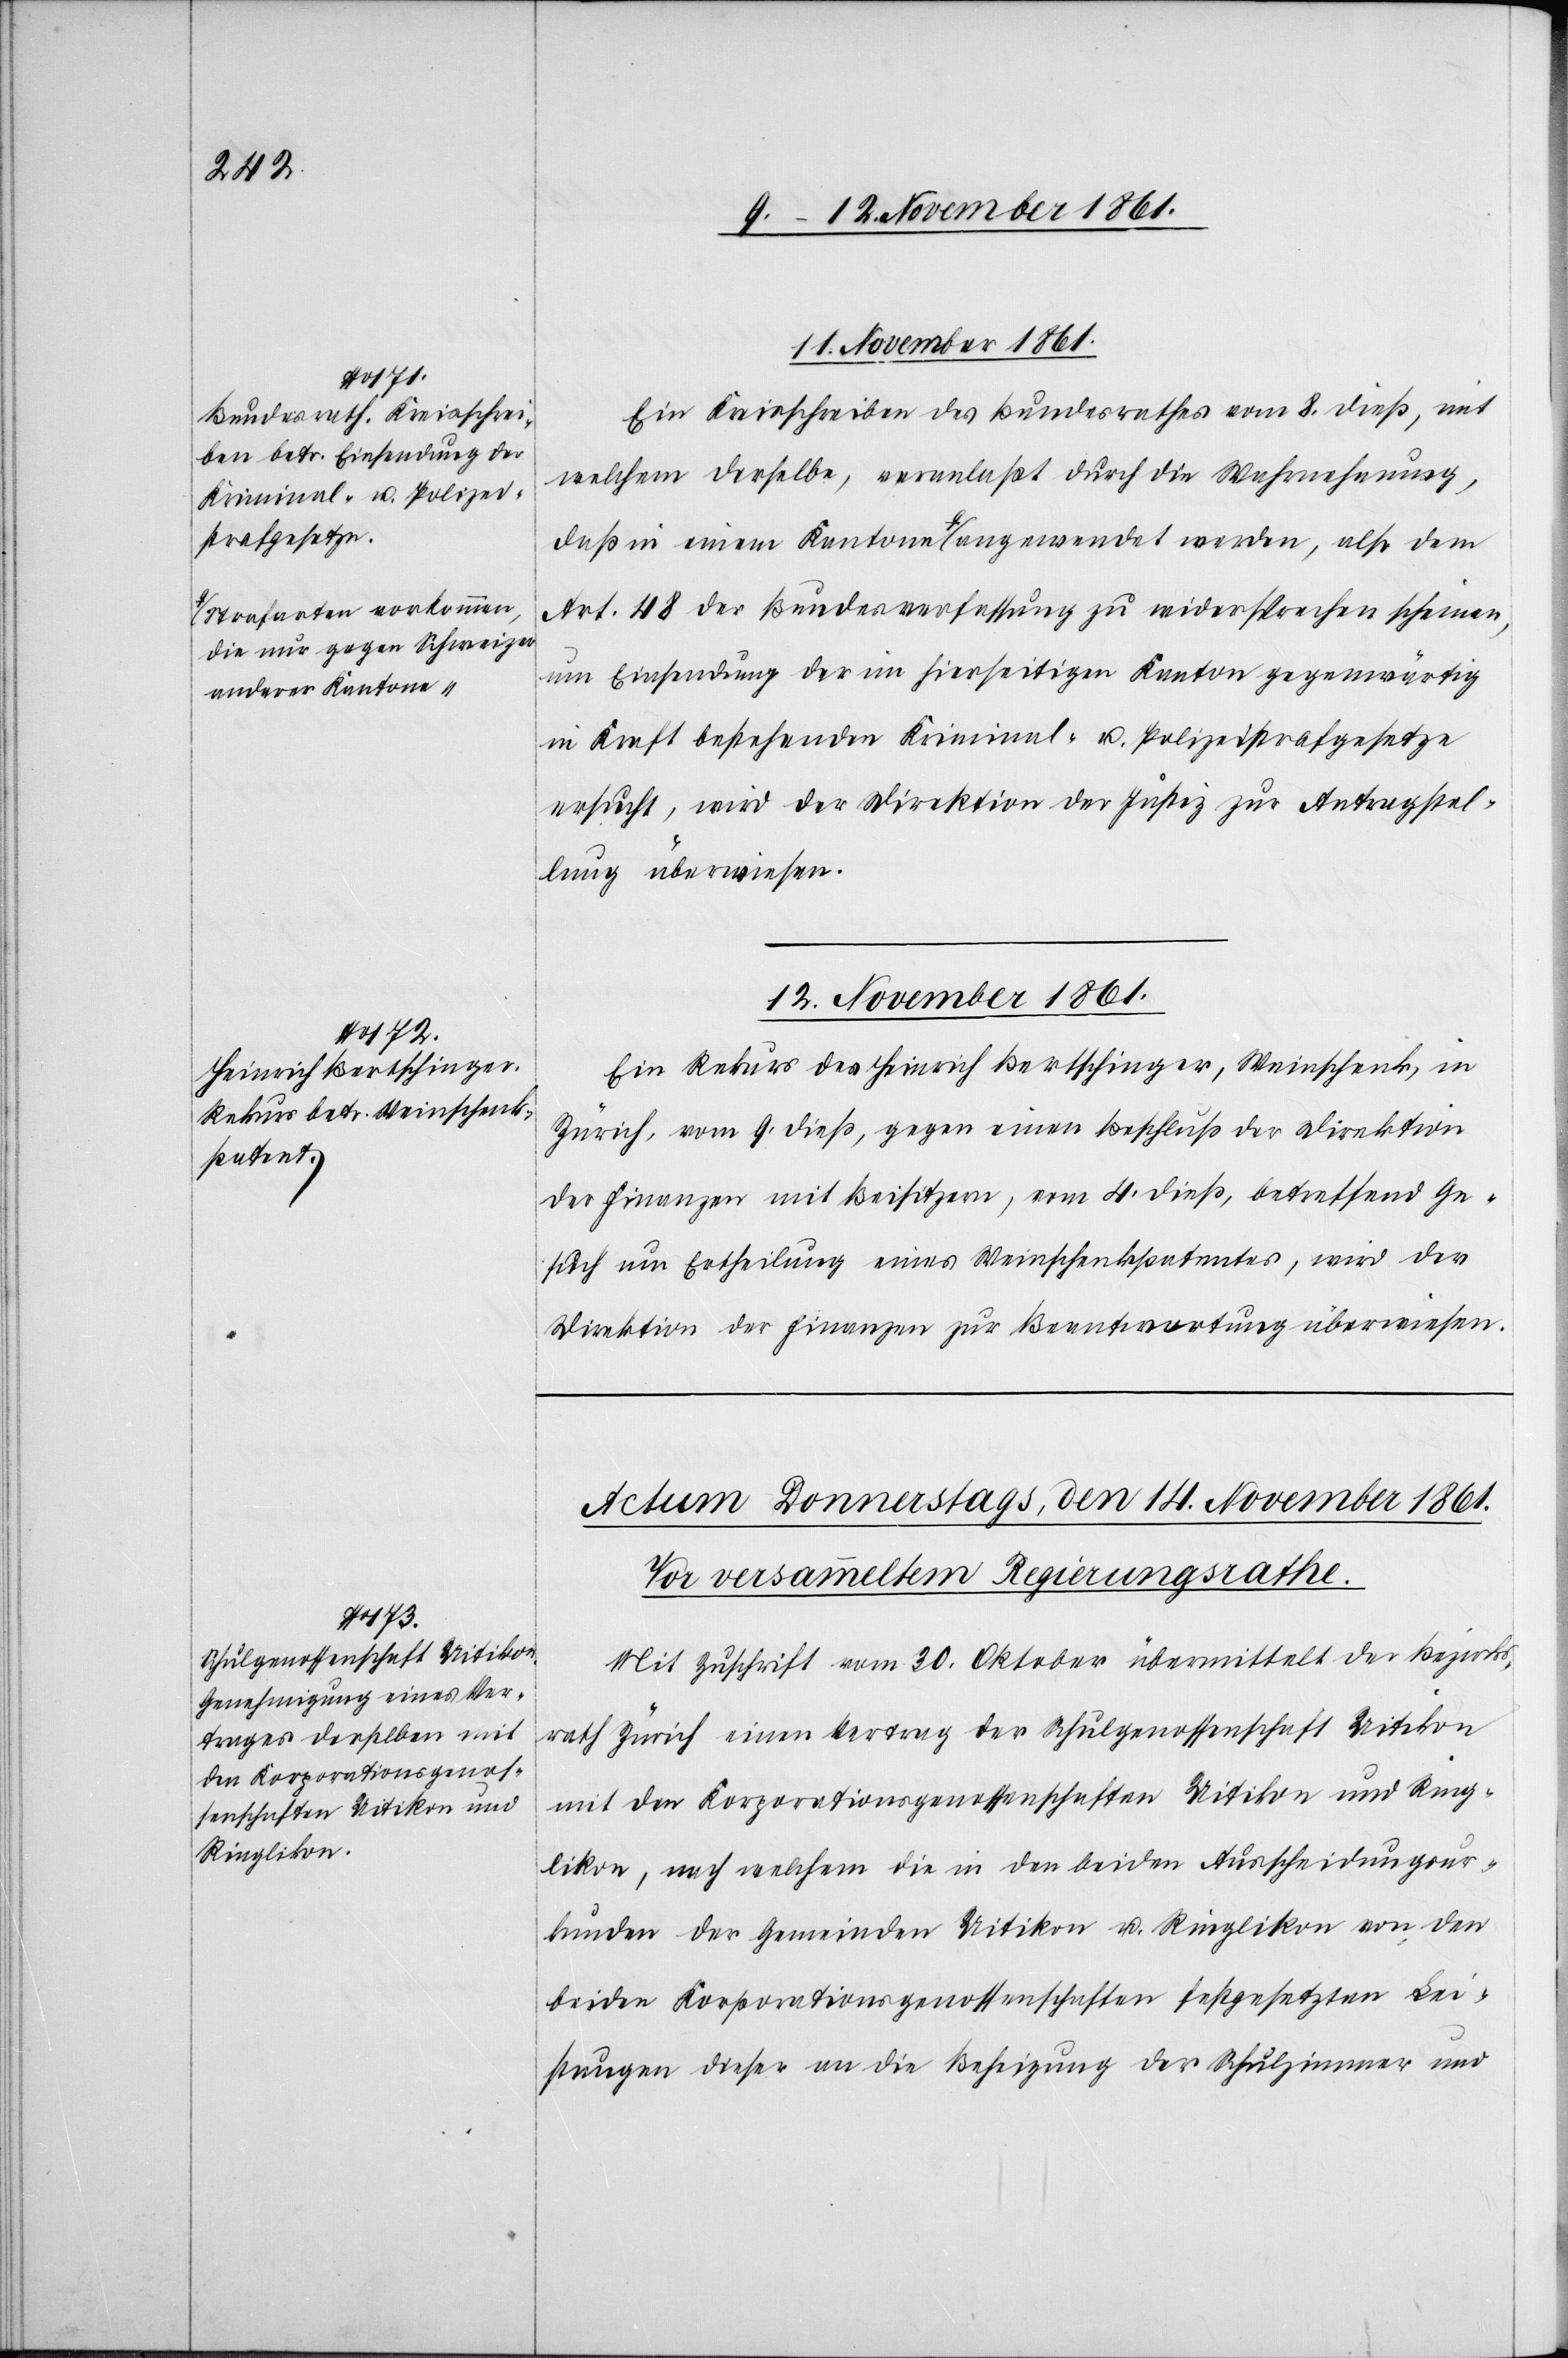
trafarten vorkommen,
die nur gegen Schweizer
anderer Kantone-a
also

11 November 1861.
Ein Kreisschreiben des Bundesrathes vom 8 dieß, mit
welchem derselbe, veranlaßt durch die Wahrnehmung,
Art. 48 der Bundesverfassung zu widersprechen scheinen,
um Einsendung der im hierseitigen Kanton gegenwärtig
in Kraft bestehenden Kriminal- u. Polizeistrafgesetze
ersucht, wird der Direktion der Justiz zur Antragstel¬
lung überwiesen.
12 November 1861.
Ein Rekurs des Heinrich Bertschinger, Weinschenk, in
Zürich, vom 9 dieß, gegen einen Beschluß der Direktion
der Finanzen mit Beisitzern, vom 4 dieß, betreffend Ge¬
such um Ertheilung eines Weinschenkpatentes, wird der
Direktion der Finanzen zur Beantwortung überwiesen.
Mit Zuschrift vom 30 Oktober übermittelt der Bezirks¬
rath Zürich einen Vertrag der Schulgenossenschaft Uitikon
mit den Korporationsgenossenschaften Uitikon und Ring¬
likon, nach welchem die in den beiden Ausscheidungsur¬
kunden der Gemeinden Uitikon u. Ringlikon von den
beiden Korporationsgenossenschaften festgesetzten Lei¬
stungen dieser an die Beheizung der Schulzimmer und